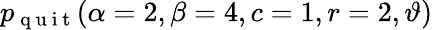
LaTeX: \displaystyle p_{\mathrm{~q~u~i~t~}}(\alpha=2,\beta=4,c=1,r=2,\vartheta)